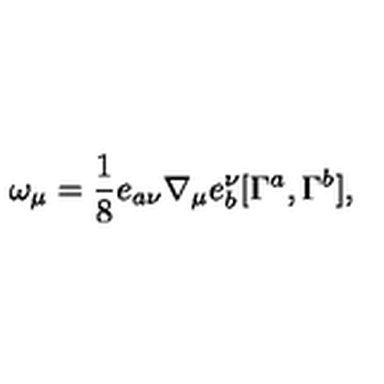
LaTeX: \omega _ { \mu } = \frac { 1 } { 8 } e _ { a \nu } \nabla _ { \mu } e _ { b } ^ { \nu } [ \Gamma ^ { a } , \Gamma ^ { b } ] ,